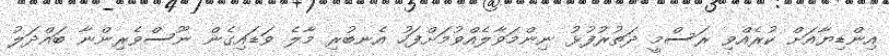
އިންޑިޔާއަށް ކުރެއްވި ރަސްމީ ދަތުރުފުޅު ނިންމަވާލެއްވުމަށްފަހު އެނބުރި މާލެ ވަޑައިގެން ނޫސްވެރިންނާ ބައްދަލު